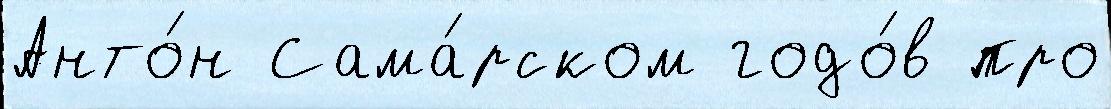
Анто́н Сама́рском годо́в про